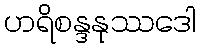
ဟရိစန္ဒနုဿဒေါ